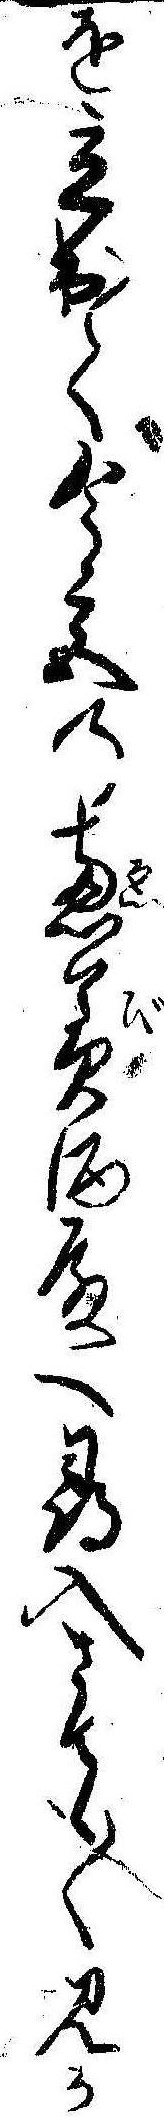
を立出て今宮恵美酒殿へ尋入さても〱見か